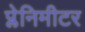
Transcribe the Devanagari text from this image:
प्लेनिमीटर